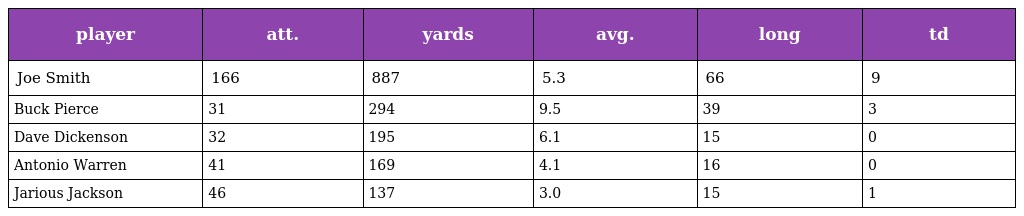
| player | att. | yards | avg. | long | td |
 | --- | --- | --- | --- | --- | --- |
 | Joe Smith | 166 | 887 | 5.3 | 66 | 9 |
 | Buck Pierce | 31 | 294 | 9.5 | 39 | 3 |
 | Dave Dickenson | 32 | 195 | 6.1 | 15 | 0 |
 | Antonio Warren | 41 | 169 | 4.1 | 16 | 0 |
 | Jarious Jackson | 46 | 137 | 3.0 | 15 | 1 |